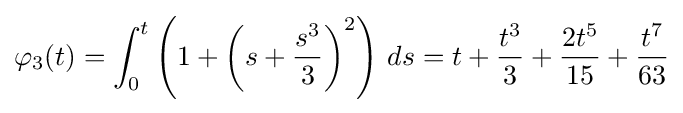
\varphi _{3}(t)=\int _{0}^{t}\left(1+\left(s+{\frac {s^{3}}{3}}\right)^{2}\right)\,ds=t+{\frac {t^{3}}{3}}+{\frac {2t^{5}}{15}}+{\frac {t^{7}}{63}}